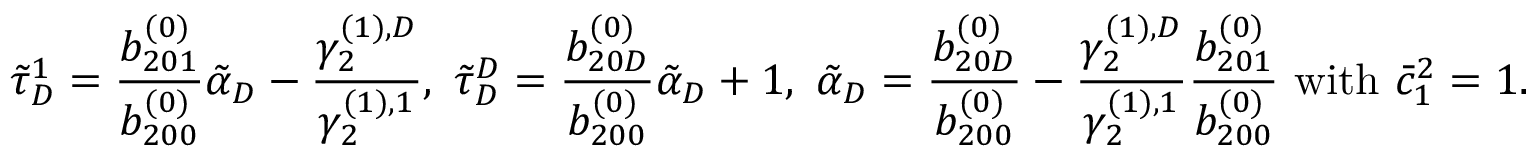
\tilde { \tau } _ { D } ^ { 1 } = \frac { b _ { 2 0 1 } ^ { ( 0 ) } } { b _ { 2 0 0 } ^ { ( 0 ) } } \tilde { \alpha } _ { D } - \frac { \gamma _ { 2 } ^ { ( 1 ) , D } } { \gamma _ { 2 } ^ { ( 1 ) , 1 } } , \ \tilde { \tau } _ { D } ^ { D } = \frac { b _ { 2 0 D } ^ { ( 0 ) } } { b _ { 2 0 0 } ^ { ( 0 ) } } \tilde { \alpha } _ { D } + 1 , \ \tilde { \alpha } _ { D } = \frac { b _ { 2 0 D } ^ { ( 0 ) } } { b _ { 2 0 0 } ^ { ( 0 ) } } - \frac { \gamma _ { 2 } ^ { ( 1 ) , D } } { \gamma _ { 2 } ^ { ( 1 ) , 1 } } \frac { b _ { 2 0 1 } ^ { ( 0 ) } } { b _ { 2 0 0 } ^ { ( 0 ) } } \mathrm { ~ w i t h ~ } \bar { c } _ { 1 } ^ { 2 } = 1 .